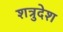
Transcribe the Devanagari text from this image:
शत्रुदेश